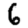
Digit: 6